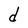
Character: d